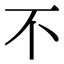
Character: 不